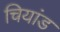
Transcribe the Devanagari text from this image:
चियांड